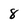
Character: 8